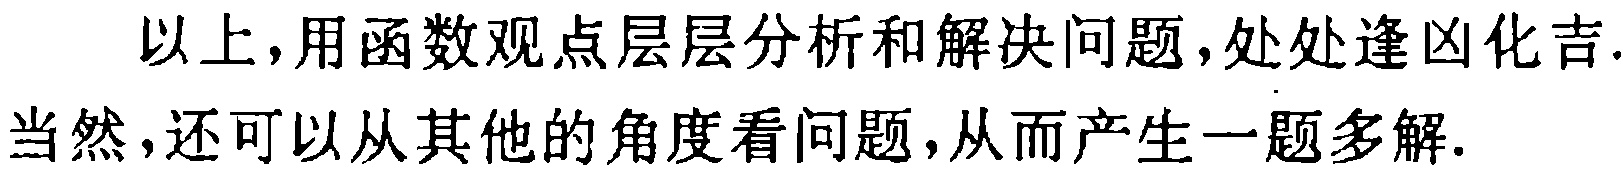
以上，用函数观点层层分析和解决问题,处处逢凶化吉.当然,还可以从其他的角度看问题,从而产生一题多解.